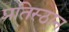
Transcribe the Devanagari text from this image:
प्रतिस्ठान